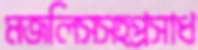
মজলিসসহপ্রসাধ